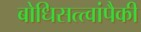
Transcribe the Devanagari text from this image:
बोधिसत्त्वांपैकी